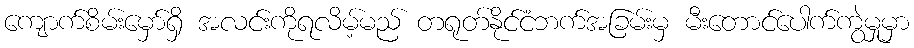
ကျောက်စိမ်းမှော်ရှိ အလင်းကိုရလိမ့်မည် တရုတ်နိုင်ငံဘက်အခြမ်းမှ မီးတောင်ပေါက်ကွဲမှုမှာ